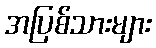
အပြစ်သားများ